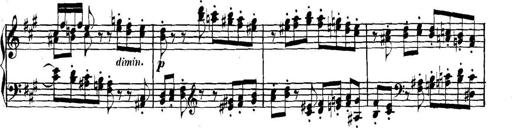
Title: Collected Piano Sonatas
Composer: Muzio Clementi